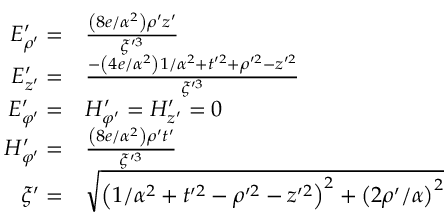
{ \begin{array} { r l } { E _ { \rho ^ { \prime } } ^ { \prime } = } & { { \frac { \left( 8 e / \alpha ^ { 2 } \right) \rho ^ { \prime } z ^ { \prime } } { \xi ^ { \prime 3 } } } } \\ { E _ { z ^ { \prime } } ^ { \prime } = } & { { \frac { - \left( 4 e / \alpha ^ { 2 } \right) 1 / \alpha ^ { 2 } + t ^ { \prime 2 } + \rho ^ { \prime 2 } - z ^ { \prime 2 } } { \xi ^ { \prime 3 } } } } \\ { E _ { \varphi ^ { \prime } } ^ { \prime } = } & { H _ { \varphi ^ { \prime } } ^ { \prime } = H _ { z ^ { \prime } } ^ { \prime } = 0 } \\ { H _ { \varphi ^ { \prime } } ^ { \prime } = } & { { \frac { \left( 8 e / \alpha ^ { 2 } \right) \rho ^ { \prime } t ^ { \prime } } { \xi ^ { \prime 3 } } } } \\ { \xi ^ { \prime } = } & { { \sqrt { \left( 1 / \alpha ^ { 2 } + t ^ { \prime 2 } - \rho ^ { \prime 2 } - z ^ { \prime 2 } \right) ^ { 2 } + \left( 2 \rho ^ { \prime } / \alpha \right) ^ { 2 } } } } \end{array} }